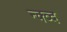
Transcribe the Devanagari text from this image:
न्क्व्द